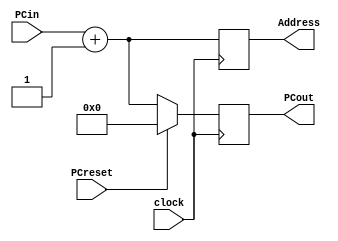
module MIPSPC(PCreset, clock, PCin, PCout, Address); 
	input clock, PCreset;
	input [31:0] PCin;
	output reg[31:0]Address; //new line
	output reg [31:0] PCout;
	always @(posedge clock) 
	begin 
		if (PCreset) 
			PCout <= 0;
		else 
			PCout <= PCin+1 ;
			Address <= PCin+1; 
	end
endmodule